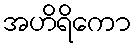
အဟိရိကော